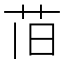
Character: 𫇰